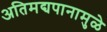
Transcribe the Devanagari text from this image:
अतिमद्यपानामुळे